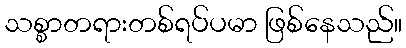
သစ္စာတရားတစ်ရပ်ပမာ ဖြစ်နေသည်။